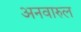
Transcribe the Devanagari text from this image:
अनवारुल